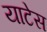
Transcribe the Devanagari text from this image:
याटेस